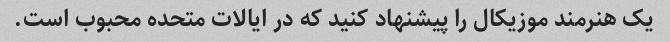
یک هنرمند موزیکال را پیشنهاد کنید که در ایالات متحده محبوب است.